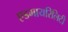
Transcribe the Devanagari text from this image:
एडमायरिलिटी